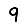
Digit: 9